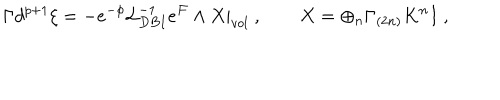
\Gamma d ^ { p + 1 } \xi = - e ^ { - \phi } { \cal L } _ { D B I } ^ { - 1 } e ^ { \cal F } \wedge X | _ { v o l } ~ , \qquad X = \oplus _ { n } \Gamma _ { ( 2 n ) } K ^ { n } I ~ ,